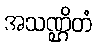
အသဏ္ဌိတံ